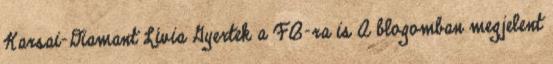
Karsai-Diamant Lívia Gyertek a FB-ra is A blogomban megjelent